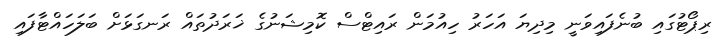
ރިޕޯޓުގައި ބުނެފައިވަނީ މިދިޔަ އަހަރު ހިއުމަން ރައިޓްސް ކޮމިޝަނުގެ ޚަރަދުތައް ރަނގަޅަށް ބަލަހައްޓާފައި